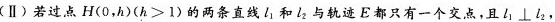
(Ⅱ)若过点H(O，h)($$h > 1$$)的两条直线l_{1}和l_{}与轨迹E都只有一个交点，且l_{1}⊥l_{2}，